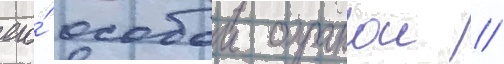
его́ особои охранои //